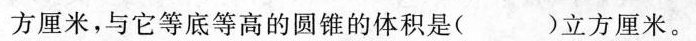
方厘米，与它等底等高的圆锥的体积是( )立方厘米。